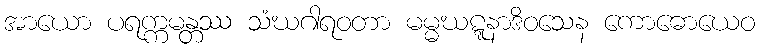
အာယော ပရက္ကမန္တဿ သံဃဂါရဝတာ မမ္မဃဋ္ဋနာဒိဝသေန ကောဓောယေဝ